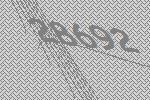
28692